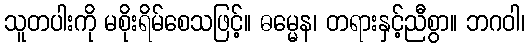
သူတပါးကို မစိုးရိမ်စေသဖြင့်။ ဓမ္မေန၊ တရားနှင့်ညီစွာ။ ဘဂဝါ၊